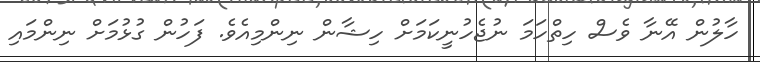
ހާލުން އޭނާ ވެސް ހިތްހަމަ ނުޖެހުނީކަމަށް ހިޝާން ނިންމިއެވެ. ފަހުން ގުޅުމަށް ނިންމައި